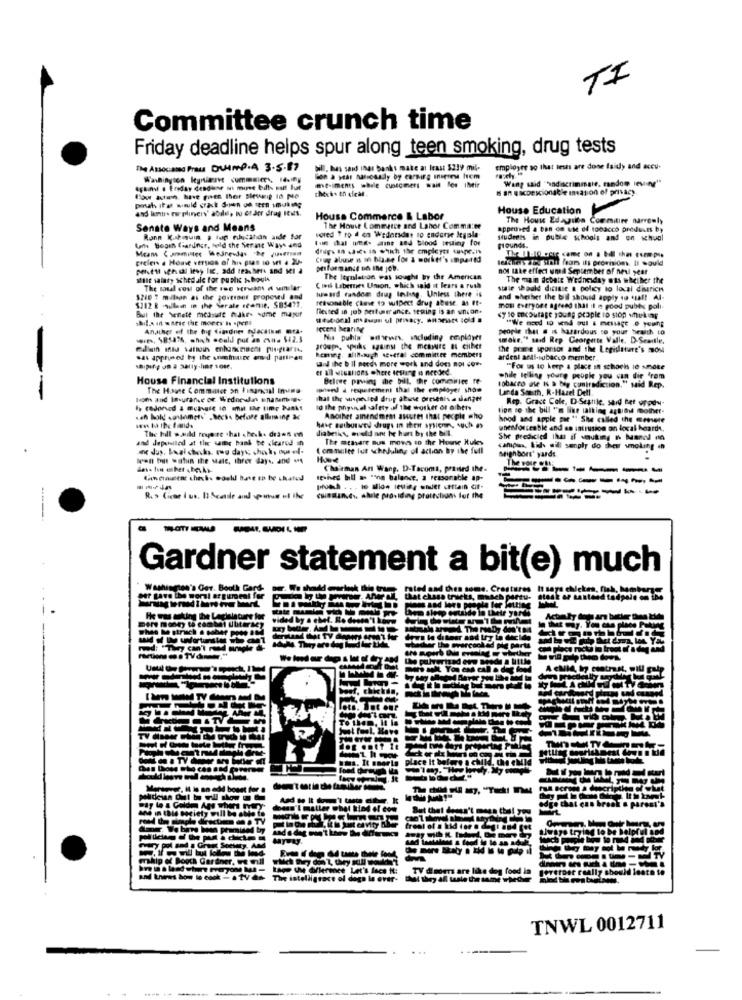
TI
Committee crunch time
Friday deadline helps spur along teen smoking, drug tests
The Associand Praus DUMP.A 3.5.87
Will, has said inar banks make at least $219 mil-
employee ag that tests are done faidy and accu-
Washington keyntiment ummsier, . my
lion a year Matically by earning iniciese hom
me-imens while cuntomers wait les iheir
Wang said "ondascrimmale, random ieving"
Ayant . Eriday dendiese mi mine bills suit hat
check. th dieal.
Is an gacDescionable invasion of privacy
and lemne eorpliners' abilile Do or der drag IEM1.
House Education
House Commerce & Labor
The House Edation Commitire narrowly
Senate Ways and Means
voted 1 ro d on Wednesday to endorse legisla-
The House Lommatce and Lahor Comma:ee
approved a ban on vat of tobacco products by
Ronn Kukiquin . for education ande far
1 halom- ame and blood westing for
students in puble schools and on schual
Umh Bogen fiardner, told the Sierat Ways and
Means Committee Wednesday The queen
drugs 10 .die in which the employer supe.it
pounds.
preleis . Honve version of his pas 10 set . 20-
Chug abuse n in blase for & worker's impaired
lekens Jeg stahl fears ils provision. Il would
Misfit ichsal lesy lt. add teachers and sei à
not take effect und September of next year
sult salary schedule for public Schools
The Ityulation was sought by the American
The main debate WWednesday ats whether the
The soul cos of the rue verwant a similar
tuwasd fandom drag leding. Unless there is
Civil Liberties Union, which said it fears a rush
stale should dicisie a policy to local diserich
1246 7 milian as the jovemnet proposed and
reasonable Chave to wipect drug abuse. as It-
and whether the bill should apply du csal! Al-
$212 & aullan in the Serale scenie. SB5471.
But the Senate measure makes some mapur
fested in job pertur ance. seuing is an wncon-
mos everyone agreed that if n good pubis poli-
<y se Exoutage young people to stop theking
Andiher of the big Ciasdnes decaisse mra.
people that s is hazardous to your health to
wwes, $854%, which could put an evne $12.3
Nu puhla walwewer. including employer
smoke," said Rep Georgette Valle, D-Seaitle.
groups. yhuks against the measure a either
the prane sponsor and the Legislature's most
was appruned by the sommaire and partran
heming. although 4-eral committee members
said the b Il perch more work and does not con-
ardent aral-subacco member.
er all utsations where testing is needed.
"For ts to keep a place in schocks io smoke
House Financial Institutions
Belowe paving the bill, the comemice re
tobacco de 14 a big contradiction," said Rep.
while telling youre people you can die from
The House Commatce on financsal inina
prend a requirement that the employer show
Landa South, R-Hazel Dell.
kom and laurange of whedonda enamme-
hat the wspeuled drug abuse presents a danger
Rep. Grace Cole, D-Seanle, said Bet orpdy-
to the phys al safety of the worker or others
tion so the bill " like walking agtigt mother-
Another ainendmem asures that people who
hnod and apple pie "" She called the menete
sen Da the fiand.
The hill w.auld reyoire that shech. drienon
liabetic, wveld ant he hurt by the bill.
unenforceable and an intrusion an local hoards.
and depentled at the same bank be cleared in
The metare Bus mows to the House Rules
She predicted that if wouting n Manal do
I ommulte lut scheduling of action by the full
camidans, til sil senply do der smoking en
Mighbors' yards.
Iran but watun the Male, three days, and -
Chairman Ant Wang, D-Tacoma, praised the.
-------
With chausen chich. would have an he skated
le hed bill as "inn balance, a reasonable ap-
----------
cundland. Ahuile providing prattstian- for the
----
Gardner statement a bit(e) much
Washington's Ger. Booth Gard-
per gave the worst argument fo
Uwe difference Let's face it: TV daders are like dog food in
rence Let
satelligrace of dogs la over- that they all wale the same wheder
TNWL 0012711